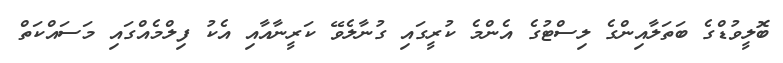
ބޮލީވުޑްގެ ބަތަލާއިންގެ ލިސްޓުގެ އެންމެ ކުރީގައި ގުނާލެވޭ ކަރީނާއާއި އެކު ފިލްމެއްގައި މަސައްކަތް